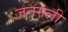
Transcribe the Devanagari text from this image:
जनमली